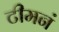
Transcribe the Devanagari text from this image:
टीमनं